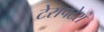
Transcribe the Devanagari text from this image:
टेरापटेरा